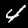
Label: 4